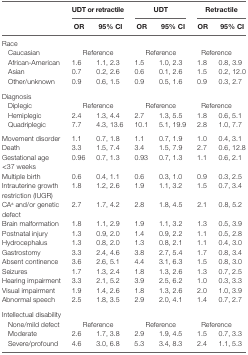
<table><thead><tr><td></td><td colspan="2"><b>UDT or retractile</b></td><td colspan="2"><b>UDT</b></td><td colspan="2"><b>Retractile</b></td></tr><tr><td></td><td><b>OR</b></td><td><b>95% CI</b></td><td><b>OR</b></td><td><b>95% CI</b></td><td><b>OR</b></td><td><b>95% CI</b></td></tr></thead><tbody><tr><td colspan="7">Race</td></tr><tr><td> Caucasian</td><td colspan="2">Reference</td><td colspan="2">Reference</td><td colspan="2">Reference</td></tr><tr><td> African-American</td><td>1.6</td><td>1.1, 2.3</td><td>1.5</td><td>1.0, 2.3</td><td>1.8</td><td>0.8, 3.9</td></tr><tr><td> Asian</td><td>0.7</td><td>0.2, 2.6</td><td>0.6</td><td>0.1, 2.6</td><td>1.5</td><td>0.2, 12.0</td></tr><tr><td> Other/unknown</td><td>0.9</td><td>0.6, 1.5</td><td>0.9</td><td>0.5, 1.6</td><td>0.9</td><td>0.3, 2.7</td></tr><tr><td colspan="7">Diagnosis</td></tr><tr><td> Diplegic</td><td colspan="2">Reference</td><td colspan="2">Reference</td><td colspan="2">Reference</td></tr><tr><td> Hemiplegic</td><td>2.4</td><td>1.3, 4.4</td><td>2.7</td><td>1.3, 5.5</td><td>1.8</td><td>0.6, 5.1</td></tr><tr><td> Quadriplegic</td><td>7.7</td><td>4.3, 13.6</td><td>10.1</td><td>5.1, 19.9</td><td>2.8</td><td>1.0, 7.7</td></tr><tr><td>Movement disorder</td><td>1.1</td><td>0.7, 1.8</td><td>1.1</td><td>0.7, 1.9</td><td>1.0</td><td>0.4, 3.1</td></tr><tr><td>Death</td><td>3.3</td><td>1.5, 7.4</td><td>3.4</td><td>1.5, 7.9</td><td>2.7</td><td>0.6, 12.8</td></tr><tr><td>Gestational age &lt;37 weeks</td><td>0.96</td><td>0.7, 1.3</td><td>0.93</td><td>0.7, 1.3</td><td>1.1</td><td>0.6, 2.1</td></tr><tr><td>Multiple birth</td><td>0.6</td><td>0.4, 1.1</td><td>0.6</td><td>0.3, 1.0</td><td>0.9</td><td>0.3, 2.5</td></tr><tr><td>Intrauterine growth restriction (IUGR)</td><td>1.8</td><td>1.2, 2.6</td><td>1.9</td><td>1.1, 3.2</td><td>1.5</td><td>0.7, 3.4</td></tr><tr><td>CA<sup>a</sup> and/or genetic defect</td><td>2.7</td><td>1.7, 4.2</td><td>2.8</td><td>1.8, 4.5</td><td>2.1</td><td>0.8, 5.2</td></tr><tr><td>Brain malformation</td><td>1.8</td><td>1.1, 2.9</td><td>1.9</td><td>1.1, 3.2</td><td>1.3</td><td>0.5, 3.9</td></tr><tr><td>Postnatal injury</td><td>1.3</td><td>0.9, 2.0</td><td>1.4</td><td>0.9, 2.2</td><td>1.1</td><td>0.5, 2.8</td></tr><tr><td>Hydrocephalus</td><td>1.3</td><td>0.8, 2.0</td><td>1.3</td><td>0.8, 2.1</td><td>1.1</td><td>0.4, 3.0</td></tr><tr><td>Gastrostomy</td><td>3.3</td><td>2.4, 4.6</td><td>3.8</td><td>2.7, 5.4</td><td>1.7</td><td>0.8, 3.4</td></tr><tr><td>Absent continence</td><td>3.6</td><td>2.6, 5.1</td><td>4.4</td><td>3.1, 6.3</td><td>1.5</td><td>0.8, 3.0</td></tr><tr><td>Seizures</td><td>1.7</td><td>1.3, 2.4</td><td>1.8</td><td>1.3, 2.6</td><td>1.3</td><td>0.7, 2.5</td></tr><tr><td>Hearing impairment</td><td>3.3</td><td>2.1, 5.2</td><td>3.9</td><td>2.5, 6.2</td><td>1.0</td><td>0.3, 3.3</td></tr><tr><td>Visual impairment</td><td>1.9</td><td>1.4, 2.6</td><td>1.8</td><td>1.3, 2.6</td><td>2.0</td><td>1.0, 3.9</td></tr><tr><td>Abnormal speech</td><td>2.5</td><td>1.8, 3.5</td><td>2.9</td><td>2.0, 4.1</td><td>1.4</td><td>0.7, 2.7</td></tr><tr><td colspan="7">Intellectual disability</td></tr><tr><td> None/mild defect</td><td colspan="2">Reference</td><td colspan="2">Reference</td><td colspan="2">Reference</td></tr><tr><td> Moderate</td><td>2.6</td><td>1.7, 3.8</td><td>2.9</td><td>1.9, 4.5</td><td>1.5</td><td>0.7, 3.3</td></tr><tr><td> Severe/profound</td><td>4.6</td><td>3.0, 6.8</td><td>5.3</td><td>3.4, 8.3</td><td>2.4</td><td>1.1, 5.3</td></tr></tbody></table>